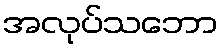
အလုပ်သဘော